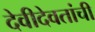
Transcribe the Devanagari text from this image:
देवीदेवतांची